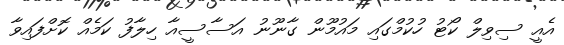
އެއީ ސިވިލް ކޯޓު ހުކުމްގައި މައުމޫން ގާނޫނު އަސާސީއާ ހިލާފު ކަމެއް ކޮށްފައިވާ